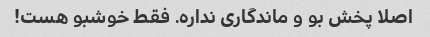
اصلا پخش بو و ماندگاری نداره. فقط خوشبو هست!